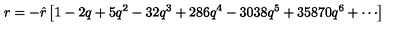
r = - { \hat { r } } \left[ 1 - 2 q + 5 q ^ { 2 } - 3 2 q ^ { 3 } + 2 8 6 q ^ { 4 } - 3 0 3 8 q ^ { 5 } + 3 5 8 7 0 q ^ { 6 } + \cdots \right]